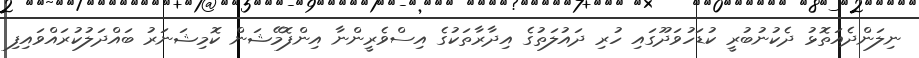
ނިލަންދެއަތޮޅު ދެކުނުބުރީ ކުޑަހުވަދޫގައި ހުރި ދައުލަތުގެ އިދާރާތަކުގެ އިސްވެރީންނާ އިންފޮމޭޝަން ކޮމިޝަނަރު ބައްދަލުކުރައްވައިފި